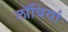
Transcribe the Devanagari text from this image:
लॉबियां